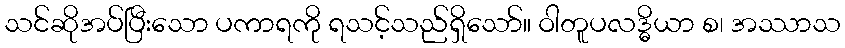
သင်ဆိုအပ်ပြီးသော ပကာရကို ရသင့်သည်ရှိသော်။ ဝါတူပလဒ္ဓိယာ စ၊ အဿာသ